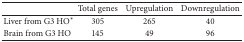
<table><thead><tr><td><b> </b></td><td><b>Total genes</b></td><td><b>Upregulation</b></td><td><b>Downregulation</b></td></tr></thead><tbody><tr><td>Liver from G3 HO*</td><td>305</td><td>265</td><td>40</td></tr><tr><td>Brain from G3 HO</td><td>145</td><td>49</td><td>96</td></tr></tbody></table>